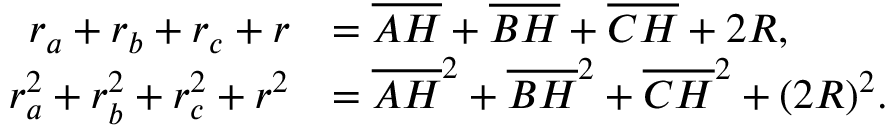
{ \begin{array} { r l } { r _ { a } + r _ { b } + r _ { c } + r } & { = { \overline { { A H } } } + { \overline { { B H } } } + { \overline { { C H } } } + 2 R , } \\ { r _ { a } ^ { 2 } + r _ { b } ^ { 2 } + r _ { c } ^ { 2 } + r ^ { 2 } } & { = { \overline { { A H } } } ^ { 2 } + { \overline { { B H } } } ^ { 2 } + { \overline { { C H } } } ^ { 2 } + ( 2 R ) ^ { 2 } . } \end{array} }